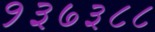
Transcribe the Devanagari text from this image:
१३७३८८